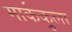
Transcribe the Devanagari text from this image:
मार्ककुला